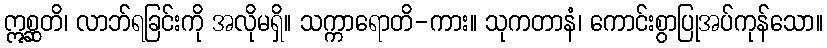
ဣစ္ဆတိ၊ လာဘ်ရခြင်းကို အလိုမရှိ။ သက္ကာရောတိ-ကား။ သုကတာနံ၊ ကောင်းစွာပြုအပ်ကုန်သော။